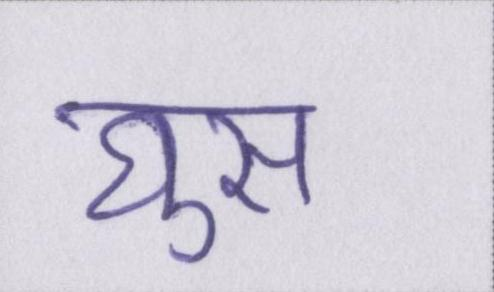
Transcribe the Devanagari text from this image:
घुस